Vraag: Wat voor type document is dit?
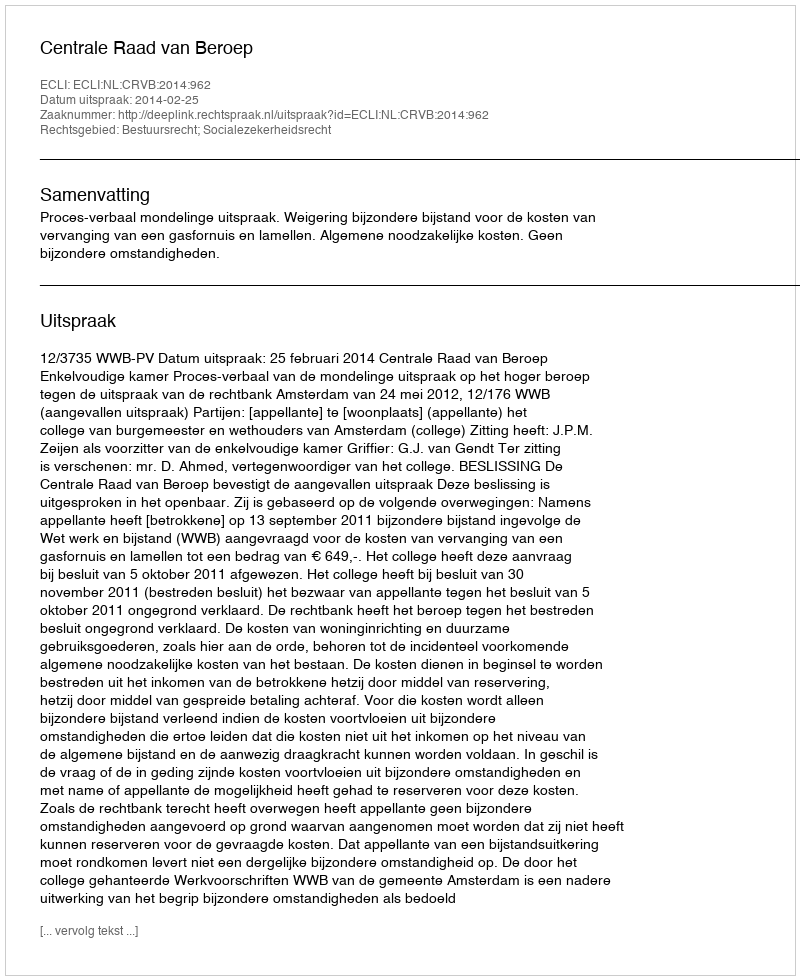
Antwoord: Uitspraak